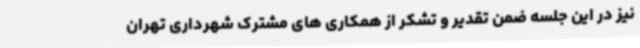
نیز در این جلسه ضمن تقدیر و تشکر از همکاری های مشترک شهرداری تهران